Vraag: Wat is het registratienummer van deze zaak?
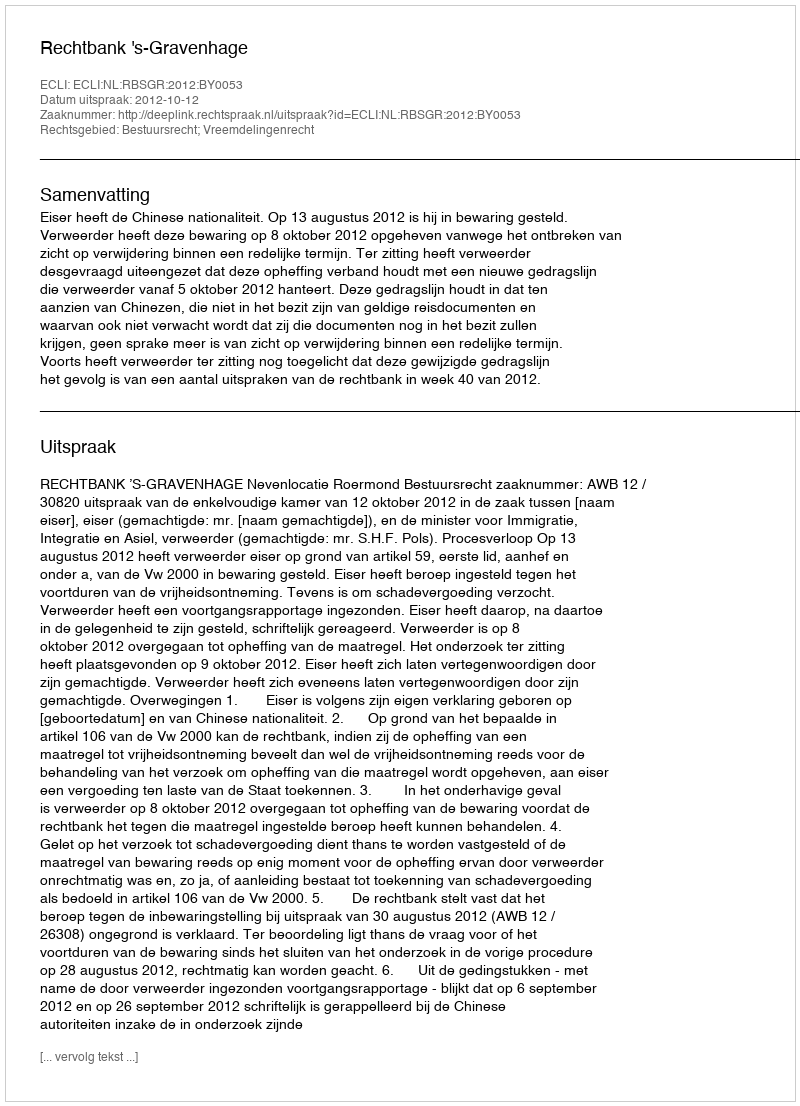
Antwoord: http://deeplink.rechtspraak.nl/uitspraak?id=ECLI:NL:RBSGR:2012:BY0053